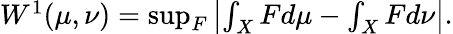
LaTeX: \begin{array}{r}{W^{1}(\mu,\nu)=\operatorname*{sup}_{F}\left|\int_{X}Fd\mu-\int_{X}Fd\nu\right|.}\end{array}